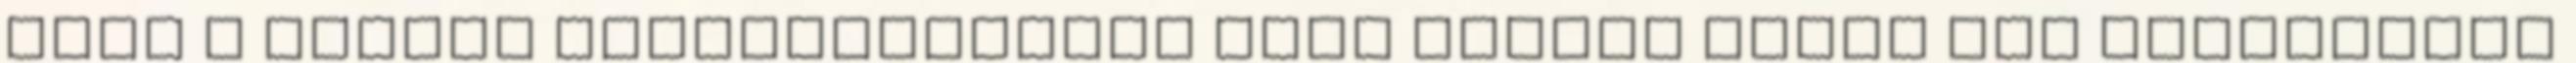
ahol a család rendelkezésére álló anyagi javak nem jelezhetők